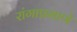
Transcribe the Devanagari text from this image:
रांगाप्रमाणे